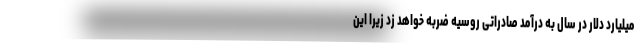
میلیارد دلار در سال به درآمد صادراتی روسیه ضربه خواهد زد زیرا این